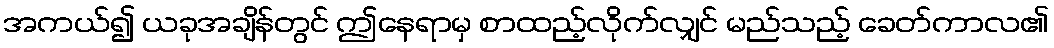
အကယ်၍ ယခုအချိန်တွင် ဤနေရာမှ စာထည့်လိုက်လျှင် မည်သည့် ခေတ်ကာလ၏